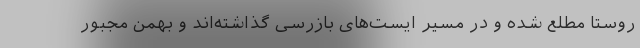
روستا مطلع شده و در مسیر ایست‌های بازرسی گذاشته‌اند و بهمن مجبور